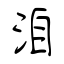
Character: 洎